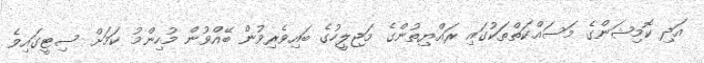
އަދި ކޮމިޝަންގެ މަސައްކަތްތަކުގައި ރައްޔިތުންގެ މަޖިލީހުގެ ބައިވެރިވުން ބޭއްވުން މުހިންމު ކަމަށް ސިޓީގައިވެ